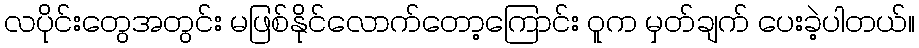
လပိုင်းတွေအတွင်း မဖြစ်နိုင်လောက်တော့ကြောင်း ဝူက မှတ်ချက် ပေးခဲ့ပါတယ်။